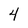
Character: 4